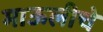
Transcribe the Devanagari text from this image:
माऊलीचे